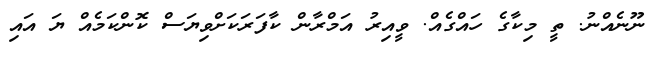
ނޫނެއްނު. ތީ މިކާގެ ހައްގެއް. ވީއިރު އަމްރާން ކާފަރަކަށްވިޔަސް ކޮންކަމެއް ޔަ އައި